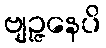
ဗျဉ္ဇနေပိ